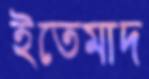
ইতেমাদ